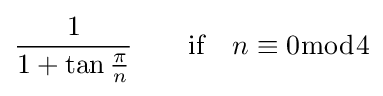
{\frac {1}{1+\tan {\frac {\pi }{n}}}}\qquad {\text{if}}\quad n\equiv 0{\bmod {4}}